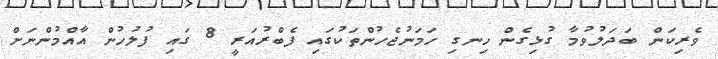
ވެރިކަން ބަދަލުވުމާ ގުޅިގެން ހިނގި ހަމަނުޖެހުންތަކުގައި ފެބްރުއަރީ 8 ގައި ފުލުހުން އާއްމުންނަށް